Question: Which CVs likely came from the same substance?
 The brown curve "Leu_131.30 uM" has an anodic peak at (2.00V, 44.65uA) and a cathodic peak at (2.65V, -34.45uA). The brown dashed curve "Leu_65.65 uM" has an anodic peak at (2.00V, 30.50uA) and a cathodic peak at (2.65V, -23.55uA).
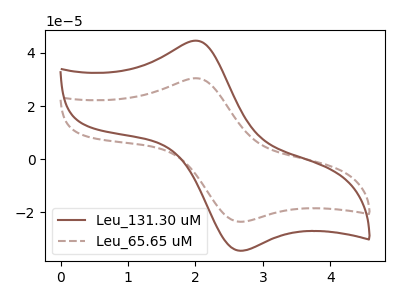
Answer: <think>All the peaks in "Leu_131.30 uM" have a peak in "Leu_65.65 uM" at the same potential. Every peak in "Leu_131.30 uM" is higher than every peak in "Leu_65.65 uM".
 </think>
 <answer>"Leu_65.65 uM" and "Leu_131.30 uM" have the same shape and are likely CV's of the same chemical.</answer>
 <eval>"Leu_65.65 uM" "Leu_131.30 uM"</eval>